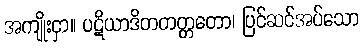
အကျိုးငှာ။ ပဋိယာဒိတတတ္တတော၊ ပြင်ဆင်အပ်သော